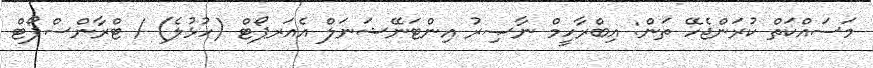
މަސައްކަތް ކުރަންޖެހޭ ތަން: އިބްރާހީމް ނާޞިރު އިންޓަނޭޝަނަލް އެއަރޕޯޓް (ހުޅުލެ) / ޓްރާންސްޕޯޓް